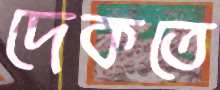
দেকতে